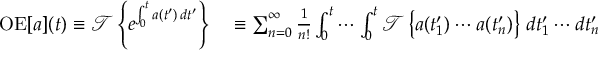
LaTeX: \begin{array} { r l } { \operatorname { O E } [ a ] ( t ) \equiv { \mathcal { T } } \left\{ e ^ { \int _ { 0 } ^ { t } a ( t ^ { \prime } ) \, d t ^ { \prime } } \right\} } & { { } \equiv \sum _ { n = 0 } ^ { \infty } { \frac { 1 } { n ! } } \int _ { 0 } ^ { t } \cdots \int _ { 0 } ^ { t } { \mathcal { T } } \left\{ a ( t _ { 1 } ^ { \prime } ) \cdots a ( t _ { n } ^ { \prime } ) \right\} \, d t _ { 1 } ^ { \prime } \cdots d t _ { n } ^ { \prime } } \end{array}